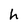
Character: h